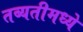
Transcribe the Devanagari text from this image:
तब्यतीमध्ये